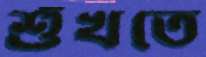
শুঁখতে